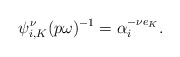
\begin{align*}\psi_{i,K}^{\nu}(p\omega)^{-1}=\alpha_i^{-\nu e_K}.\end{align*}